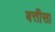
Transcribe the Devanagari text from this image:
बत्तीसा